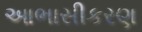
આભાસીકરણ